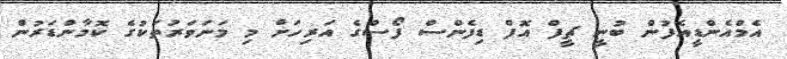
އެމްއެންޑީއެފުން ބުނީ ޗީފް އޮފް ޑިފެންސް ފޯސްގެ އަރިހަށް މި މަނަވަރުތަކުގެ ކޮމާންޑަރުން